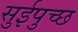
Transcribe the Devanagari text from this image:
सुईपुच्छ